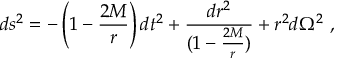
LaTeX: d s ^ { 2 } = - \left( 1 - \frac { 2 M } { r } \right) d t ^ { 2 } + { \frac { d r ^ { 2 } } { ( 1 - \frac { 2 M } { r } ) } } + r ^ { 2 } d \Omega ^ { 2 } \ ,